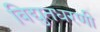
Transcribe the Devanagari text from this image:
विद्युतधरणी